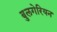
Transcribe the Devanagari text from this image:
बुलगेरियन